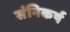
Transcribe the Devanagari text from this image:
संनिकर्ष